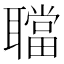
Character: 𦗴